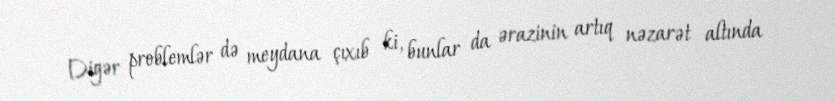
Digər problemlər də meydana çıxıb ki, bunlar da ərazinin artıq nəzarət altında